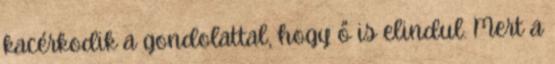
kacérkodik a gondolattal, hogy ő is elindul. Mert a